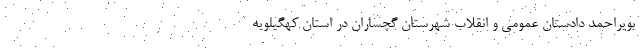
بویراحمد دادستان عمومی و انقلاب شهرستان گچساران در استان کهگیلویه